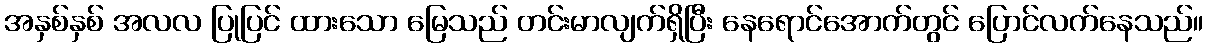
အနှစ်နှစ် အလလ ပြုပြင် ထားသော မြေသည် တင်းမာလျက်ရှိပြီး နေရောင်အောက်တွင် ပြောင်လက်နေသည်။